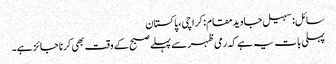
سائل: سہیل جاویدمقام: کراچی، پاکستان
پہلی بات یہ ہے کہ رمی ظہر سے پہلے صبح کے وقت بھی کرنا جائز ہے۔